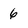
Character: 6